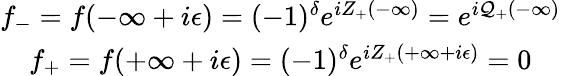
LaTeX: \begin{array}{c}{{f_{-}=f(-\infty+i\epsilon)=(-1)^{\delta}e^{iZ_{+}(-\infty)}=e^{i{\cal Q}_{+}(-\infty)}}}\\ {{f_{+}=f(+\infty+i\epsilon)=(-1)^{\delta}e^{iZ_{+}(+\infty+i\epsilon)}=0}}\end{array}